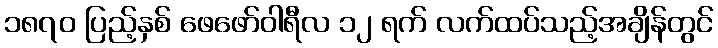
၁၈၇၀ ပြည့်နှစ် ဖေဖော်ဝါရီလ ၁၂ ရက် လက်ထပ်သည့်အချိန်တွင်